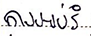
ការអប់រំ